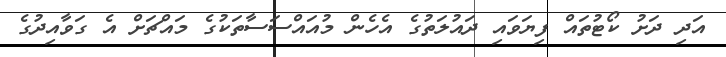
އަދި ދަށު ކޯޓުތައް ފިޔަވައި ދައުލަތުގެ އެހެން މުއައްސަސާތަކުގެ މައްޗަށް އެ ގަވާއިދުގެ